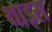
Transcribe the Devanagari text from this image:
थाइस